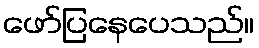
ဖော်ပြနေပေသည်။